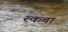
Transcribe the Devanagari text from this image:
रकबा